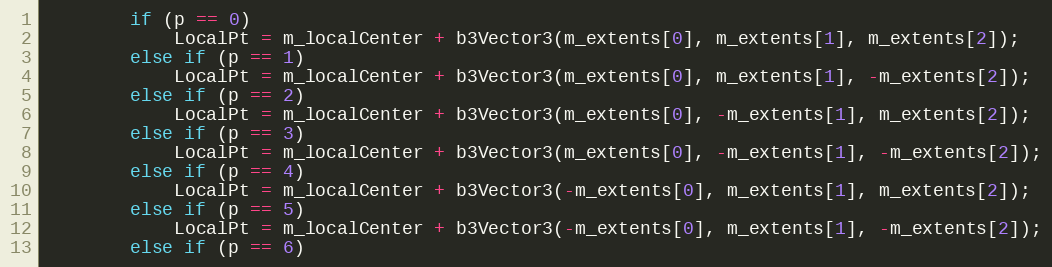
Language: C++
		if (p == 0)
			LocalPt = m_localCenter + b3Vector3(m_extents[0], m_extents[1], m_extents[2]);
		else if (p == 1)
			LocalPt = m_localCenter + b3Vector3(m_extents[0], m_extents[1], -m_extents[2]);
		else if (p == 2)
			LocalPt = m_localCenter + b3Vector3(m_extents[0], -m_extents[1], m_extents[2]);
		else if (p == 3)
			LocalPt = m_localCenter + b3Vector3(m_extents[0], -m_extents[1], -m_extents[2]);
		else if (p == 4)
			LocalPt = m_localCenter + b3Vector3(-m_extents[0], m_extents[1], m_extents[2]);
		else if (p == 5)
			LocalPt = m_localCenter + b3Vector3(-m_extents[0], m_extents[1], -m_extents[2]);
		else if (p == 6)